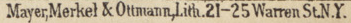
Mayer,Merkel & Ottmann,Lith.21-25 Warren St.N.Y.